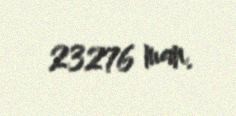
23276 man.